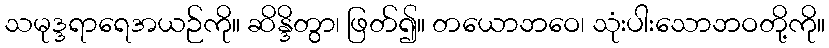
သမုဒ္ဒရာရေအယဉ်ကို။ ဆိန္ဒိတွာ၊ ဖြတ်၍။ တယောဘဝေ၊ သုံးပါးသောဘဝတို့ကို။